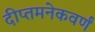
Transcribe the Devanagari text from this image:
दीप्तमनेकवर्णं